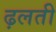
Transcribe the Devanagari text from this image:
ढ़लती